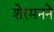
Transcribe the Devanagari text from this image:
शेरमनने